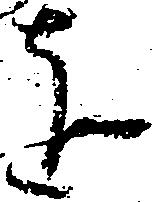
を